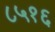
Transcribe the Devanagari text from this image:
८५१६